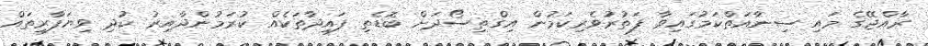
ރާއްޖޭގެ މައި ސިނާއަތްކަމުގައިވާ ފަތުރުވެރިކަމުން އިގްތިސޯދަށް ބޮޑެތި ފައިދާތަކެއް ކުރަމުންދާއިރު ކުދި ވިޔަފާރިތައް